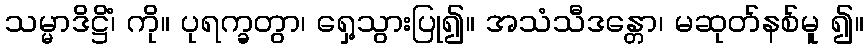
သမ္မာဒိဋ္ဌိံ၊ ကို။ ပုရက္ခတွာ၊ ရှေ့သွားပြု၍။ အသံသီဒန္တော၊ မဆုတ်နစ်မူ ၍။